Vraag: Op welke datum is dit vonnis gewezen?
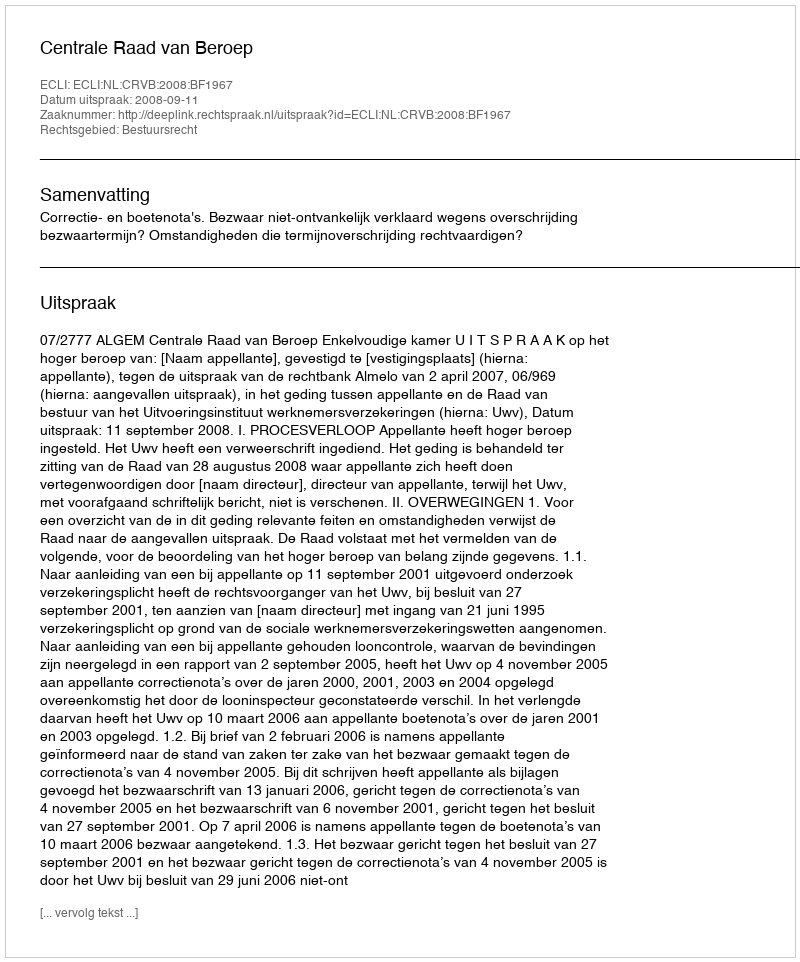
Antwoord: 2008-09-11